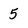
Character: 5